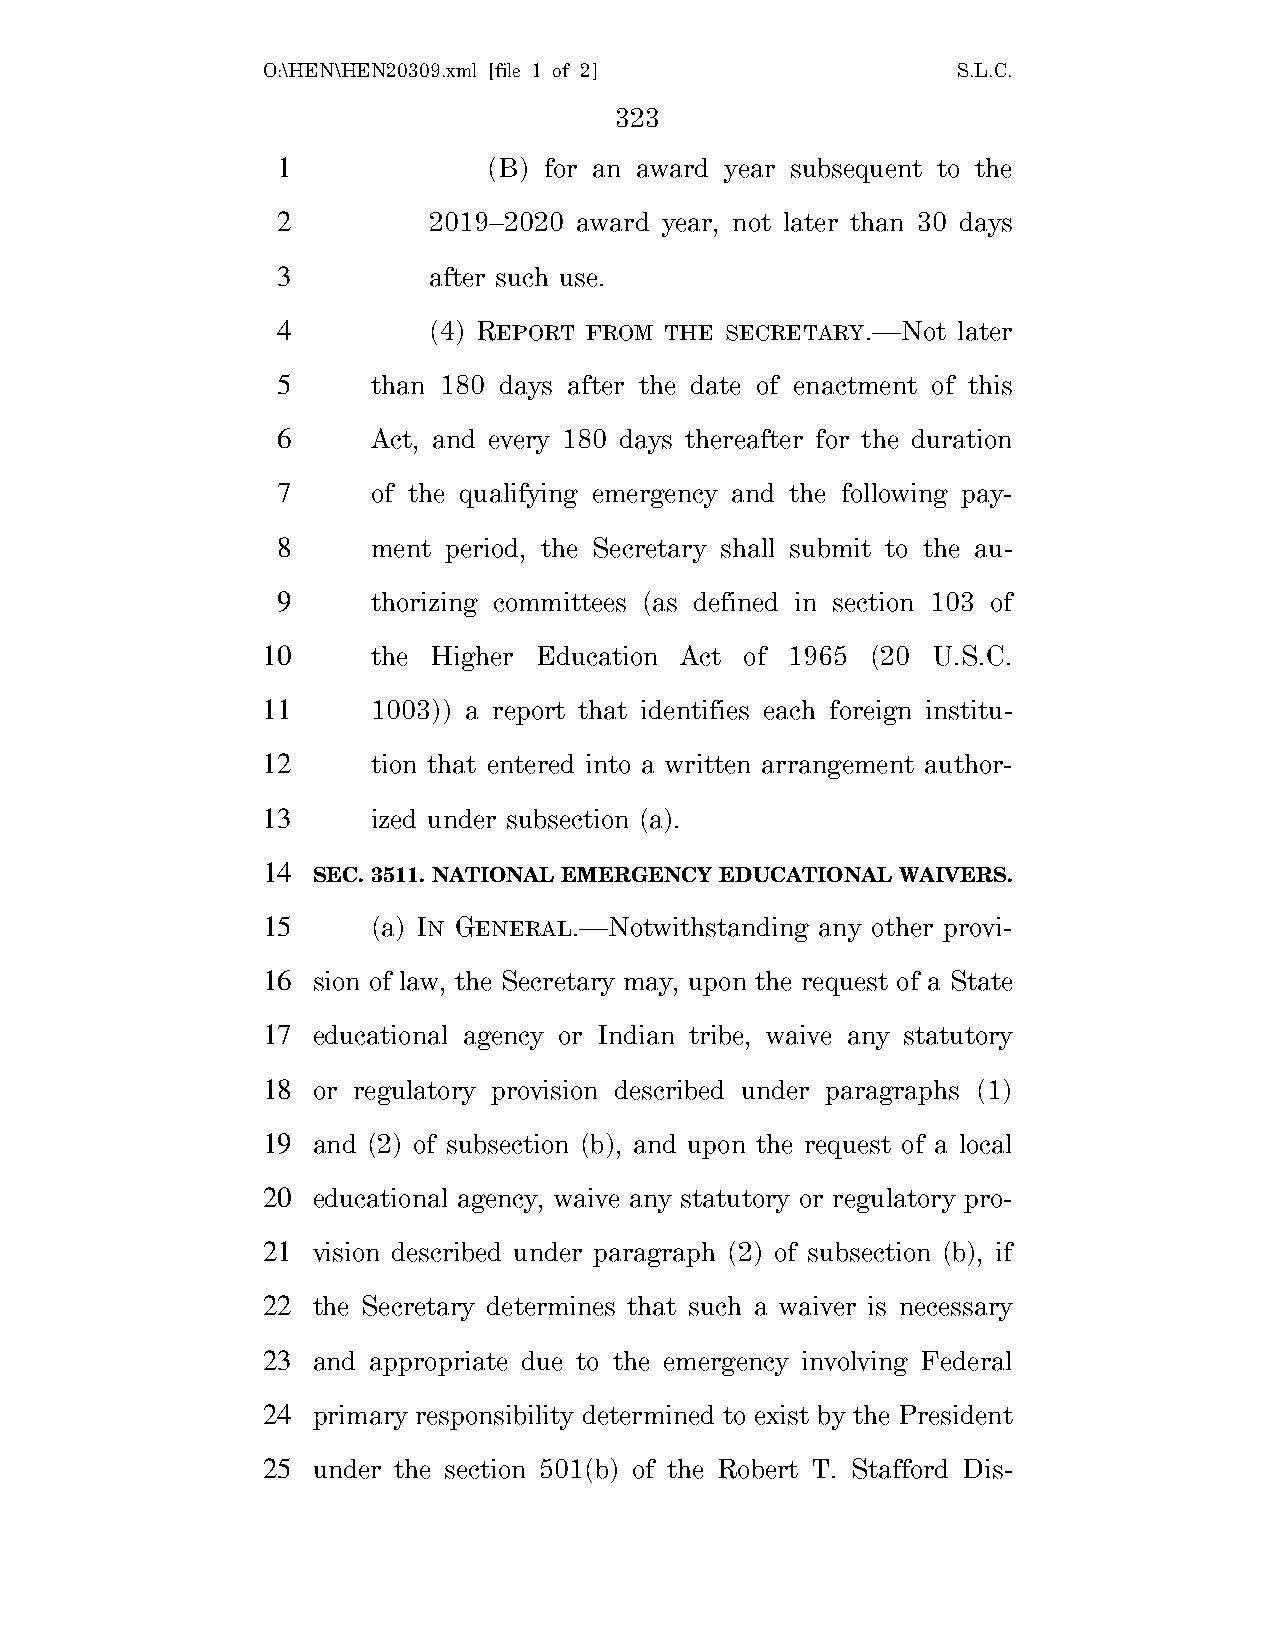
O:\HEN\HEN20309.xml [file 1 of 2]             S.L.C.
 323
 1             (B) for an award year subsequent to the
 2         2019–2020 award year, not later than 30 days
 3         after such use.
 4         (4) REPORT FROM THE SECRETARY.—Not later
 5      than 180 days after the date of enactment of this
 6      Act, and every 180 days thereafter for the duration
 7      of the qualifying emergency and the following pay-
 8      ment period, the Secretary shall submit to the au-
 9      thorizing committees (as defined in section 103 of
 10      the Higher Education Act of 1965 (20 U.S.C.
 11      1003)) a report that identifies each foreign institu-
 12      tion that entered into a written arrangement author-
 13      ized under subsection (a).
 14
 SEC. 3511. NATIONAL EMERGENCY EDUCATIONAL WAIVERS.
 15      (a) IN GENERAL.—Notwithstanding any other provi-
 16  sion of law, the Secretary may, upon the request of a State
 17  educational agency or Indian tribe, waive any statutory
 18  or regulatory provision described under paragraphs (1)
 19  and (2) of subsection (b), and upon the request of a local
 20  educational agency, waive any statutory or regulatory pro-
 21  vision described under paragraph (2) of subsection (b), if
 22  the Secretary determines that such a waiver is necessary
 23  and appropriate due to the emergency involving Federal
 24  primary responsibility determined to exist by the President
 25  under the section 501(b) of the Robert T. Stafford Dis-